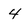
Character: 4